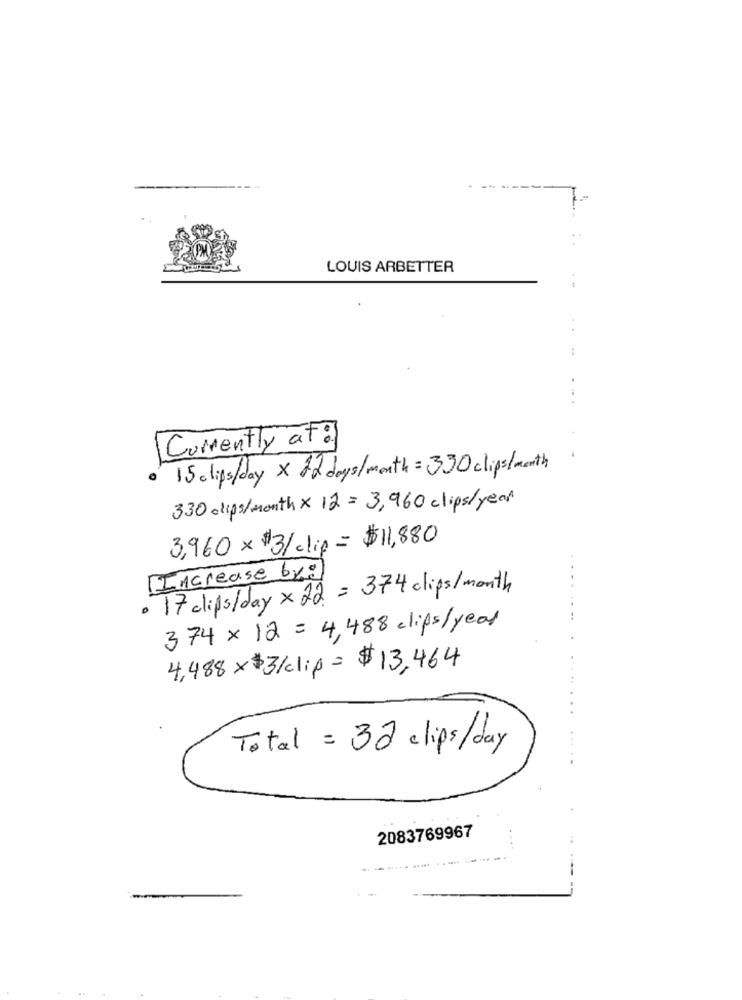
LOUIS ARBETTER
Currently at !
15 clips/day x 22 days/month = 330 clips/month
330 clips/month x 12 = 3,960 clips/ year
3,960×$3/clip= $11,880
[Increase byg
. 17 clips/ day x 22 = 374 clips /month
374 × 12 = 4,488 clips/ year
4,488×$3/clip= $13, 464
Total = 32 clips/day
2083769967